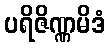
ပရိဇိဏ္ဏမိဒံ